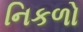
નિકળો